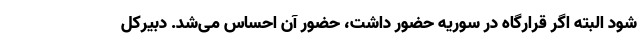
شود البته اگر قرارگاه در سوریه حضور داشت، حضور آن احساس می‌شد. دبیرکل